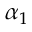
\alpha _ { 1 }